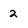
Character: 2